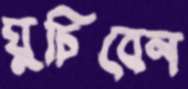
ঘুচিবেন